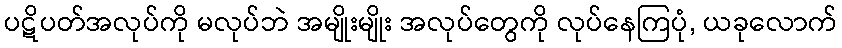
ပဋိပတ်အလုပ်ကို မလုပ်ဘဲ အမျိုးမျိုး အလုပ်တွေကို လုပ်နေကြပုံ, ယခုလောက်